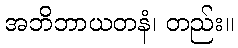
အဘိဘာယတနံ၊ တည်း။